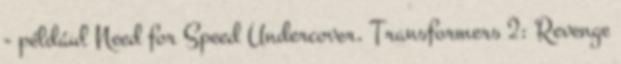
- például Need for Speed Undercover, Transformers 2: Revenge